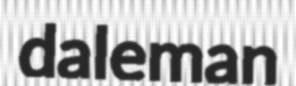
daleman